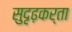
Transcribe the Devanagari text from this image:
सुदृढ़कर्ता